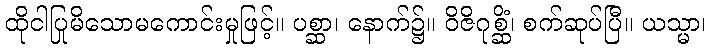
ထိုငါပြုမိသောမကောင်းမှုဖြင့်။ ပစ္ဆာ၊ နောက်၌။ ဝိဇိဂုစ္ဆိံ၊ စက်ဆုပ်ပြီ။ ယသ္မာ၊